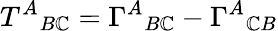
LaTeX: T^{A}{}_{B\mathbb{C}}=\Gamma^{A}{}_{B\mathbb{C}}-\Gamma^{A}{}_{\mathbb{C}B}